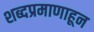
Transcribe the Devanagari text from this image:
शब्दप्रमाणाहून